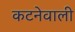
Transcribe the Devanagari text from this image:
कटनेवाली